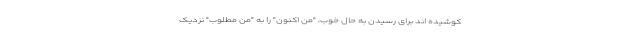
کوشیده اند برای رسیدن به حال خوب، "منِ اکنون" را به "منِ مطلوب" نزدیک